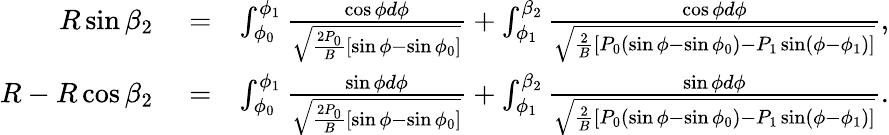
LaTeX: \begin{array}{rlr}{R\sin\beta_{2}}&{{}=}&{\int_{\phi_{0}}^{\phi_{1}}\frac{\cos\phi d\phi}{\sqrt{\frac{2P_{0}}{B}[\sin\phi-\sin\phi_{0}]}}+\int_{\phi_{1}}^{\beta_{2}}\frac{\cos\phi d\phi}{\sqrt{\frac{2}{B}[P_{0}(\sin\phi-\sin\phi_{0})-P_{1}\sin(\phi-\phi_{1})]}},}\\ {R-R\cos\beta_{2}}&{{}=}&{\int_{\phi_{0}}^{\phi_{1}}\frac{\sin\phi d\phi}{\sqrt{\frac{2P_{0}}{B}[\sin\phi-\sin\phi_{0}]}}+\int_{\phi_{1}}^{\beta_{2}}\frac{\sin\phi d\phi}{\sqrt{\frac{2}{B}[P_{0}(\sin\phi-\sin\phi_{0})-P_{1}\sin(\phi-\phi_{1})]}}.}\end{array}